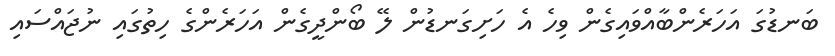
ބަނޑުގަ އަހަރެންބާއްވައިގެން ވިހެ އެ ހަށިގަނޑުން ލޭ ބޯންދީގެން އަހަރެންގެ ހިތުގައި ނުޖައްސައި